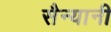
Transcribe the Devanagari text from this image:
सैन्यानी